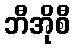
ဘီအိုစီ